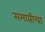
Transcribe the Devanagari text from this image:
समाप्तीचा